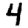
Digit: 4